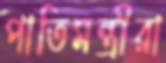
পাতিমন্ত্রীরা